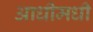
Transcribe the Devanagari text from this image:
आधीमधी